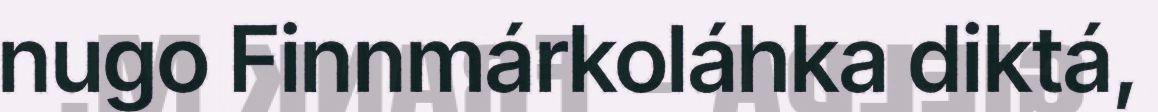
nugo Finnmárkoláhka diktá,